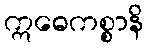
ဣဓေကစ္စာနိ